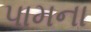
પામના